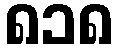
၈၁၈